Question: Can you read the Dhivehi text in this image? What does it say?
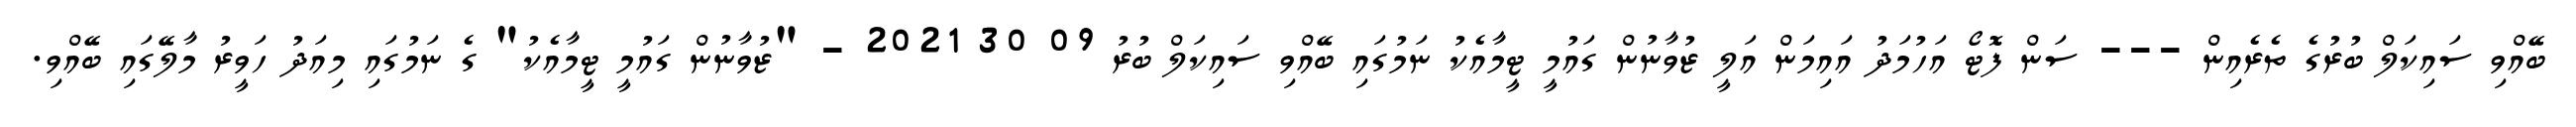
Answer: ބޭއްވި ސައިކަލް ބުރުގެ ތެރެއިން --- ސަން ފޮޓޯ އަހުމަދު އައިމަން އަލީ ޒުވާނުން ގައުމީ ޓީމާއެކު ނަމުގައި ބޭއްވި ސައިކަލް ބުރު 09 30 2021 - "ޒުވާނުން ގައުމީ ޓީމާއެކު" ގެ ނަމުގައި މިއަދު ހަވީރު މާލޭގައި ބޭއްވި.